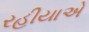
રહીયાએ